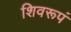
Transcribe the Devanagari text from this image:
शिवरूपं